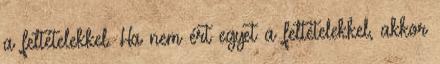
a feltételekkel. Ha nem ért egyet a feltételekkel, akkor